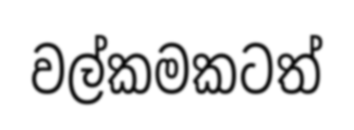
වල්කමකටත්